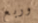
وربع